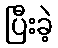
ပြီးခဲ့